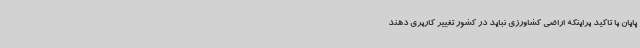
پایان با تاکید براینکه اراضی کشاورزی نباید در کشور تغییر کاربری دهند